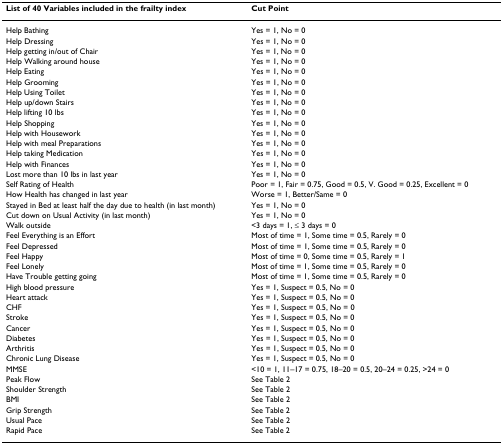
| List of 40 Variables included in the frailty index | Cut Point |
 | --- | --- |
 | Help Bathing | Yes = 1, No = 0 |
 | Help Dressing | Yes = 1, No = 0 |
 | Help getting in/out of Chair | Yes = 1, No = 0 |
 | Help Walking around house | Yes = 1, No = 0 |
 | Help Eating | Yes = 1, No = 0 |
 | Help Grooming | Yes = 1, No = 0 |
 | Help Using Toilet | Yes = 1, No = 0 |
 | Help up/down Stairs | Yes = 1, No = 0 |
 | Help lifting 10 lbs | Yes = 1, No = 0 |
 | Help Shopping | Yes = 1, No = 0 |
 | Help with Housework | Yes = 1, No = 0 |
 | Help with meal Preparations | Yes = 1, No = 0 |
 | Help taking Medication | Yes = 1, No = 0 |
 | Help with Finances | Yes = 1, No = 0 |
 | Lost more than 10 lbs in last year | Yes = 1, No = 0 |
 | Self Rating of Health | Poor = 1, Fair = 0.75, Good = 0.5, V. Good = 0.25, Excellent = 0 |
 | How Health has changed in last year | Worse = 1, Better/Same = 0 |
 | Stayed in Bed at least half the day due to health (in last month) | Yes = 1, No = 0 |
 | Cut down on Usual Activity (in last month) | Yes = 1, No = 0 |
 | Walk outside | <3 days = 1, ≤ 3 days = 0 |
 | Feel Everything is an Effort | Most of time = 1, Some time = 0.5, Rarely = 0 |
 | Feel Depressed | Most of time = 1, Some time = 0.5, Rarely = 0 |
 | Feel Happy | Most of time = 0, Some time = 0.5, Rarely = 1 |
 | Feel Lonely | Most of time = 1, Some time = 0.5, Rarely = 0 |
 | Have Trouble getting going | Most of time = 1, Some time = 0.5, Rarely = 0 |
 | High blood pressure | Yes = 1, Suspect = 0.5, No = 0 |
 | Heart attack | Yes = 1, Suspect = 0.5, No = 0 |
 | CHF | Yes = 1, Suspect = 0.5, No = 0 |
 | Stroke | Yes = 1, Suspect = 0.5, No = 0 |
 | Cancer | Yes = 1, Suspect = 0.5, No = 0 |
 | Diabetes | Yes = 1, Suspect = 0.5, No = 0 |
 | Arthritis | Yes = 1, Suspect = 0.5, No = 0 |
 | Chronic Lung Disease | Yes = 1, Suspect = 0.5, No = 0 |
 | MMSE | <10 = 1, 11–17 = 0.75, 18–20 = 0.5, 20–24 = 0.25, >24 = 0 |
 | Peak Flow | See Table 2 |
 | Shoulder Strength | See Table 2 |
 | BMI | See Table 2 |
 | Grip Strength | See Table 2 |
 | Usual Pace | See Table 2 |
 | Rapid Pace | See Table 2 |